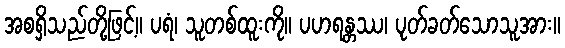
အစရှိသည်တို့ဖြင့်။ ပရံ၊ သူတစ်ထူးကို။ ပဟရန္တဿ၊ ပုတ်ခတ်သောသူအား။